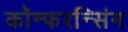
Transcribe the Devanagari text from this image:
कॉन्फरन्सिंग